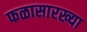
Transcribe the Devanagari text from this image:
फळासारख्या